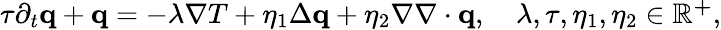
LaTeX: \begin{array}{r}{\tau\partial_{t}\mathbf q+\mathbf q=-\lambda\nabla T+\eta_{1}\Delta\mathbf q+\eta_{2}\nabla\nabla\cdot\mathbf q,\quad\lambda,\tau,\eta_{1},\eta_{2}\in\mathbb{R^{+}},}\end{array}